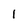
Character: 1